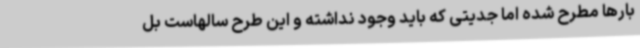
بارها مطرح شده اما جدیتی که باید وجود نداشته و این طرح سالهاست بل